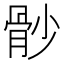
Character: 𩨡